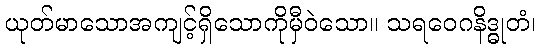
ယုတ်မာသောအကျင့်ရှိသောကိုမှီဝဲသော။ သရဝေဂနိဒ္ဓုတံ၊